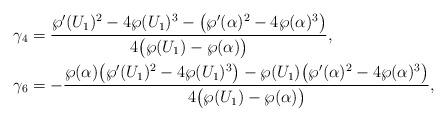
LaTeX: \begin{align*} &\gamma_4 = \frac{\wp'(U_1)^2 - 4 \wp(U_1)^3 - \big(\wp'(\alpha)^2 - 4\wp(\alpha)^3\big)} {4\big(\wp(U_1)-\wp(\alpha)\big)},\\ &\gamma_6 = -\frac{\wp(\alpha) \big(\wp'(U_1)^2 - 4 \wp(U_1)^3\big) - \wp(U_1) \big(\wp'(\alpha)^2 - 4\wp(\alpha)^3\big)}{4\big(\wp(U_1)-\wp(\alpha)\big)},\end{align*}